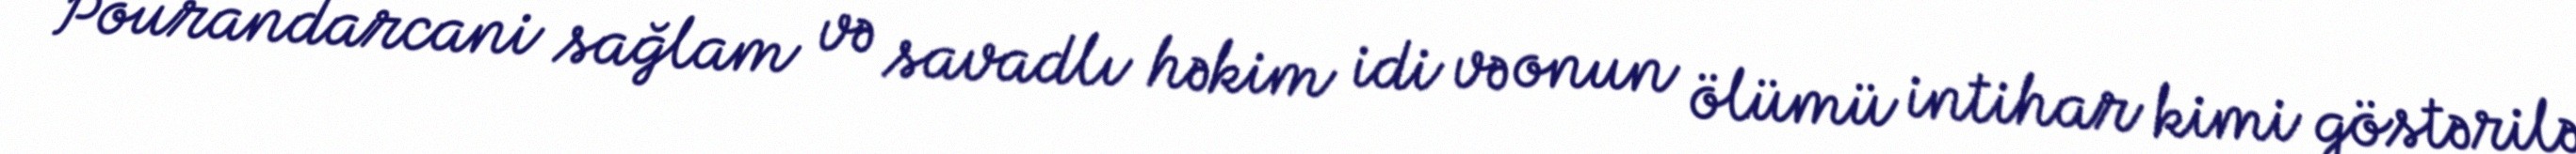
Pourandarcani sağlam və savadlı həkim idi və onun ölümü intihar kimi göstərilə